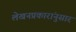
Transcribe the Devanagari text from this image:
लेखनप्रकारांनुसार